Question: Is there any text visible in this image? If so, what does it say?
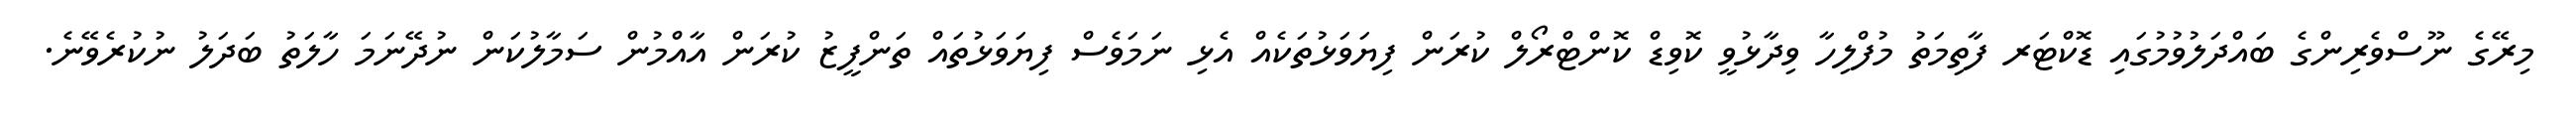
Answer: މިރޭގެ ނޫސްވެރިންގެ ބައްދަލުވުމުގައި ޑޮކްޓަރ ފާތިމަތު މުފްލިހާ ވިދާޅުވީ ކޮވިޑް ކޮންޓްރޯލް ކުރަން ފިޔަވަޅުތަކެއް އެޅި ނަމަވެސް ފިޔަވަޅުތައް ތަންފީޒު ކުރަން އާއްމުން ސަމާލުކަން ނުދޭނަމަ ހާލަތު ބަދަލު ނުކުރެވޭނެ.